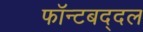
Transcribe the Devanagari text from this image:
फॉन्टबद्दल